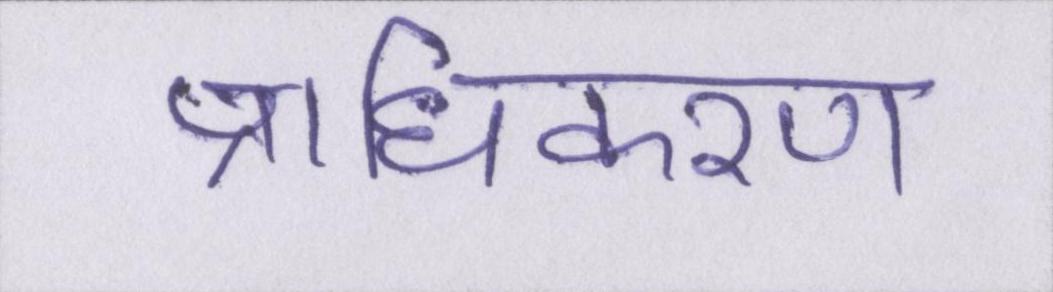
प्राधिकरण